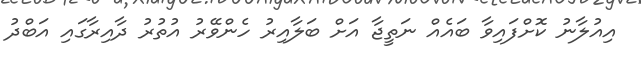
އިއުލާނު ކޮށްފައިވާ ބައެއް ނަތީޖާ އަށް ބަލާއިރު ހެންވޭރު އުތުރު ދާއިރާގައި އަބްދު